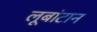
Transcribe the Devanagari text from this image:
लूबांटान